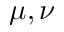
\mu , \nu